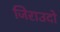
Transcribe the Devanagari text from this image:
जिराउदो